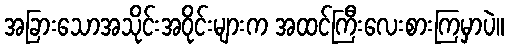
အခြားသောအသိုင်းအဝိုင်းများက အထင်ကြီးလေးစားကြမှာပဲ။